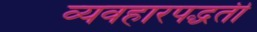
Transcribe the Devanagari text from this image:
व्यवहारपद्धती